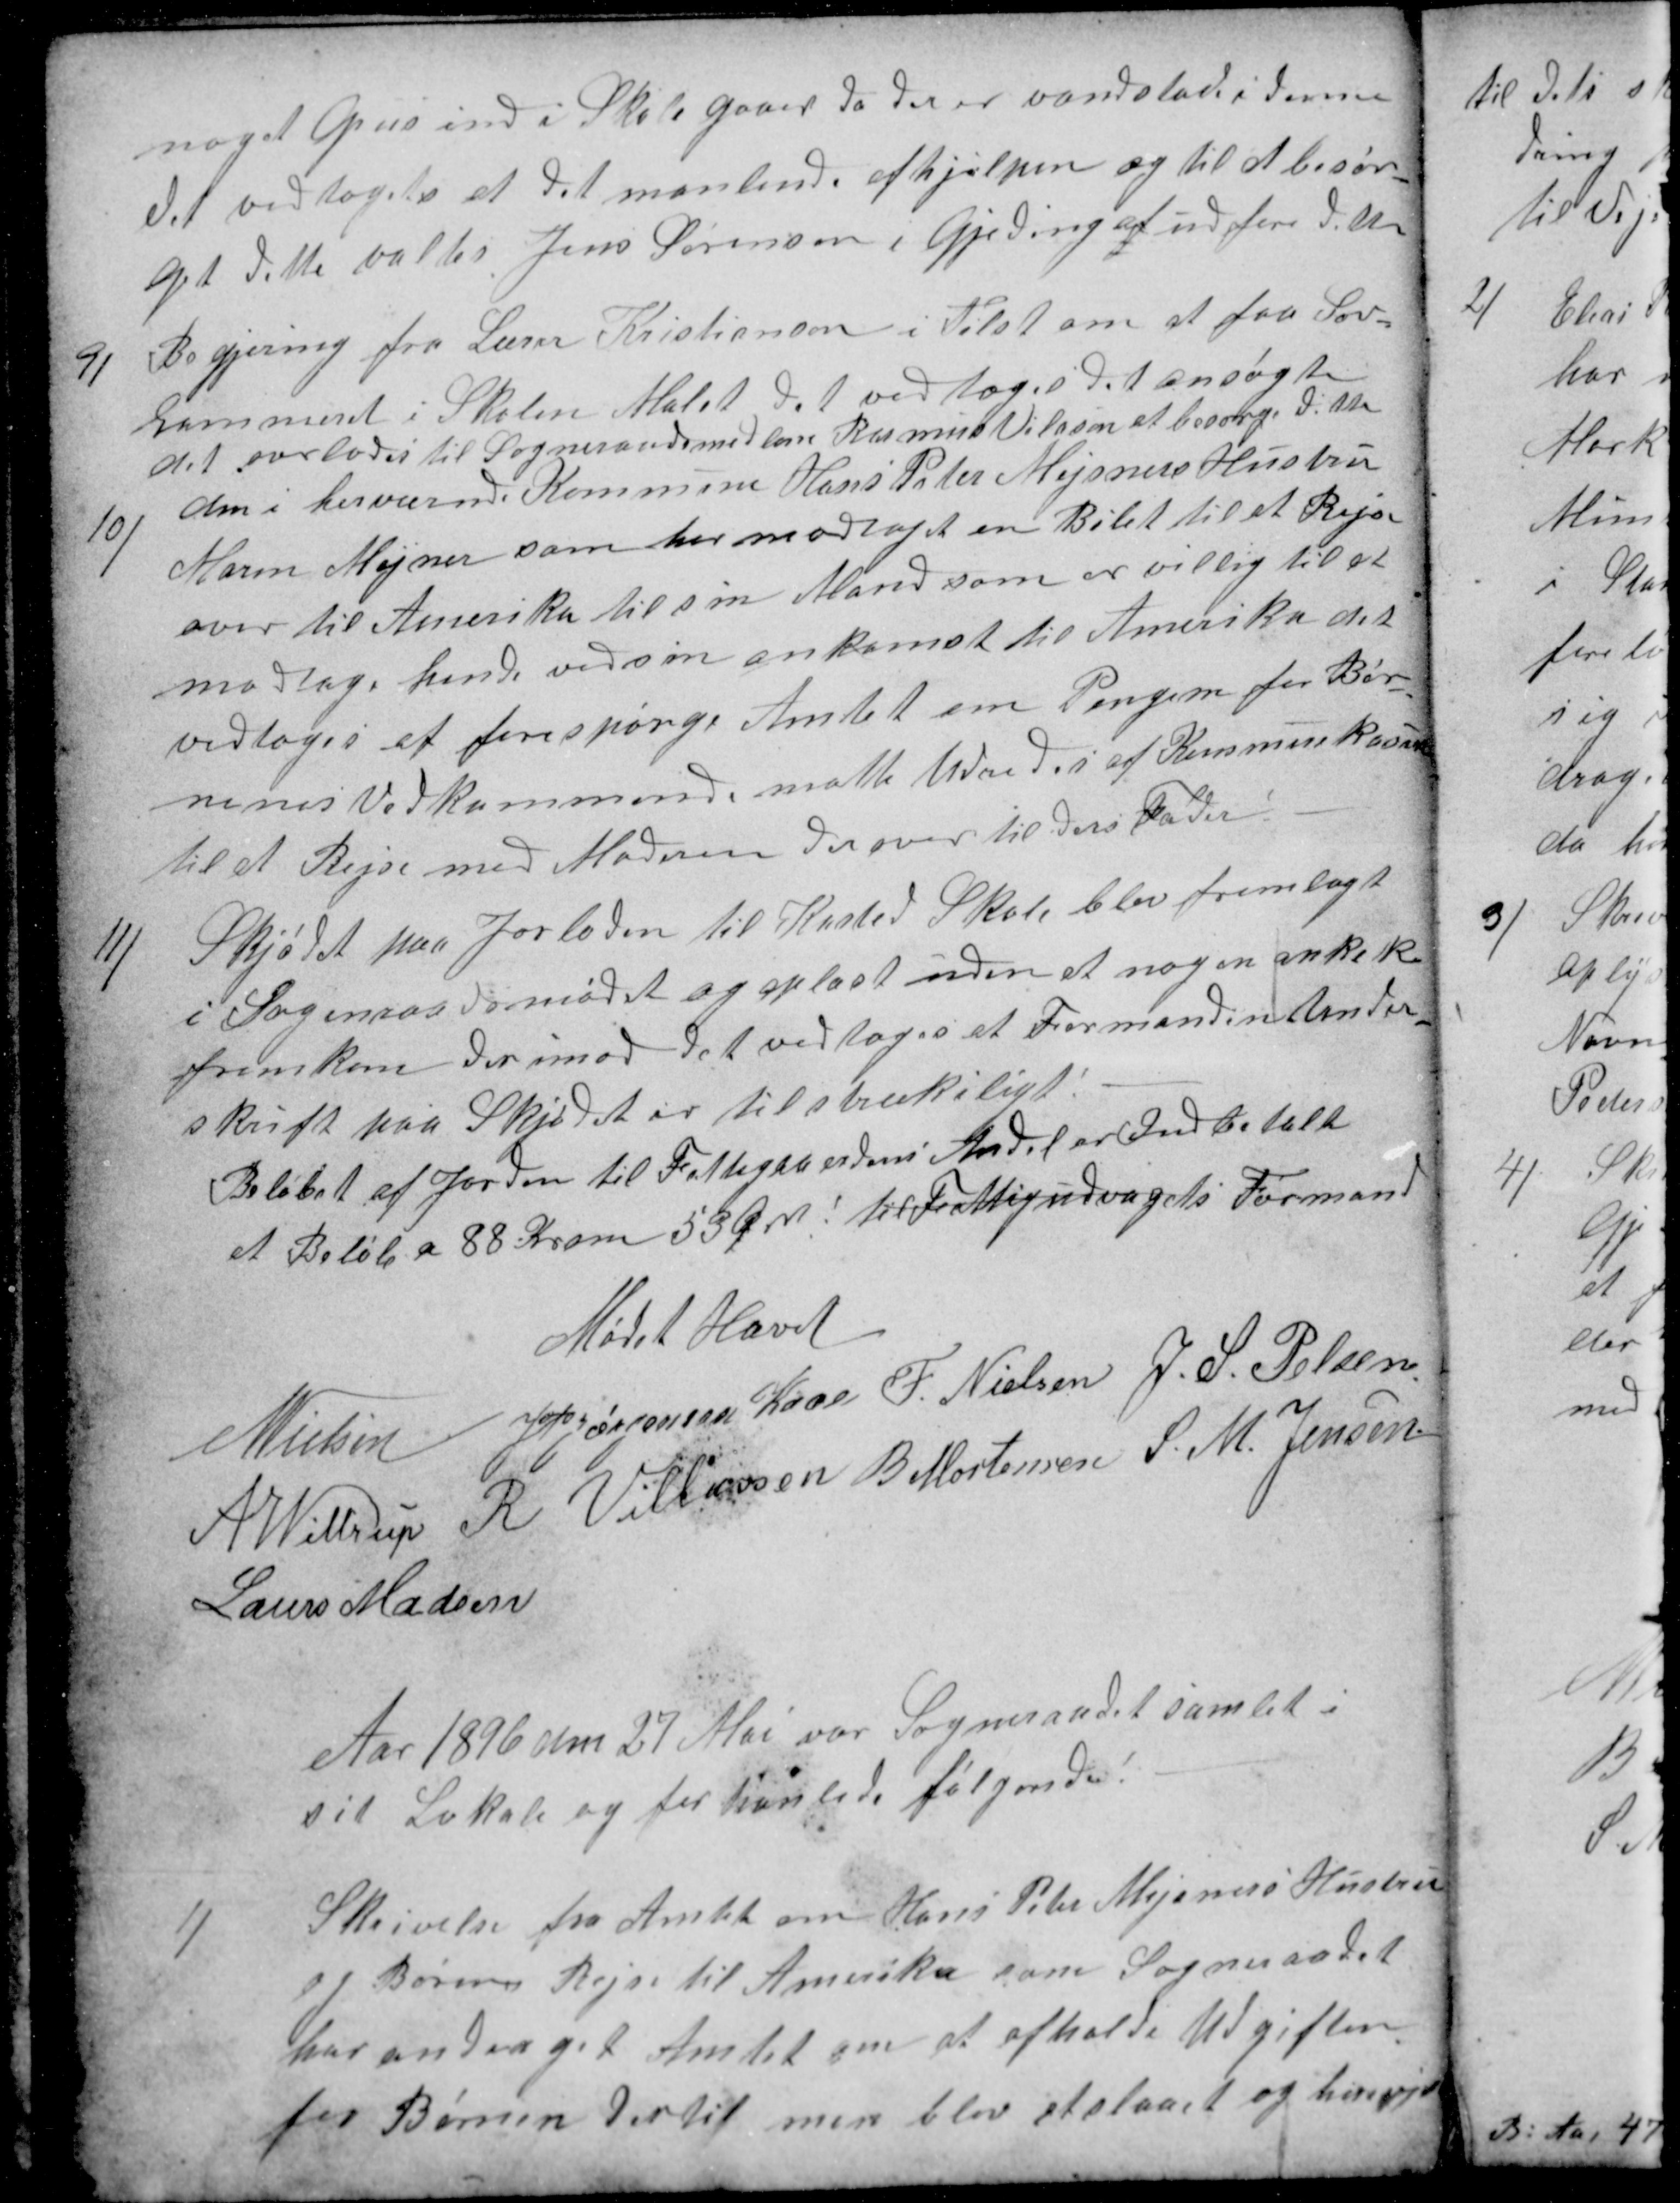
Transskription:
noget grus ind i Skolegaard da der er vandslad i denne
Det vedtoges at det manlend afhjelpen og til at besør-
get dette valtes Jens Sørensen i Gjeding aft udføre dette
9)
Begjering fra Lærer Kristiansen i Tilst om at faa Sov-
kammeret i Skolen Malet det vedtoges det ansøgte
det overlodes til Sogneraadsmedlem Rasmus Vilasen at besørge dette
10)
den i herværende Kommune Hans Peter Mejsners Hustru
Maren Mejner som har modtaget en Bilet til at Rejse
over til Amerika til sin Mand som er villig til at
modtage hende ved sin ankomst til Amerika det
vedtoges at forespørge Amtet om Pengene for Bør-
nenes Vedkommende måtte Udredes af Kommunekassen
til et Rejse med Moderen derover til ders Fader
11)
Skjødet paa Jorloden til Kasted Skole blev fremlagt
i Sogenraadsmødet og oplæst uden at nogen anke k
fremkom der imod det vedtoges at Formanden Under-
skrift paa Skjødet er tilstrækeligt
Beløbet af Jorden til Fattiggaardens Andel er Indbetalt
et Beløb a 88 Krone 53 Øre! til Fattigudvalgets Formand
Mødet Hævet
N Nielsen
J P Jørgensen Kaae
F. Nielsen
J. S. Pelsen
A Wittrup
R Villassen
B Mortensen
S. M. Jensen
Laurs Madsen
Aar 1896 den 27 Mai var Sogneraadet samlet i
sit Lokale og forhanlede følgende:
1)
Skrivelse fra Amtet om Hans Peter Mejsners Hustru
og Børns Rejse til Amerika som Sogneraadet
har andraget Amtet om at afholde Udgiften.
for Børnen dertil men blev afslaaet og henvist